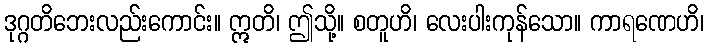
ဒုဂ္ဂတိဘေးလည်းကောင်း။ ဣတိ၊ ဤသို့။ စတူဟိ၊ လေးပါးကုန်သော။ ကာရဏေဟိ၊